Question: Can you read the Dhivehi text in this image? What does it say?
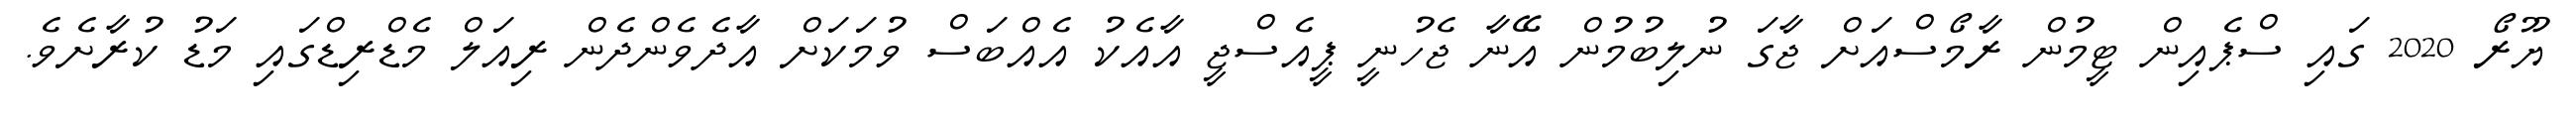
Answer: ޔޫރޯ 2020 ގައި ސްޕެއިން ޓީމުން ރާމޯސްއަށް ޖާގަ ނުލިބުމުން އޭނާ ޖެހުނީ ޕީއެސްޖީ އާއެކު އެއްބަސް ވުމަކަށް އާދެވެންދެން ރިއަލް މެޑްރިޑްގައި މަޑު ކުރާށެވެ.